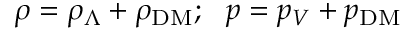
\rho = \rho _ { \Lambda } + \rho _ { \mathrm { D M } } ; ~ ~ p = p _ { V } + p _ { \mathrm { D M } }